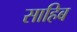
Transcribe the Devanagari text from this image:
साहिब